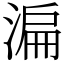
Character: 㴜